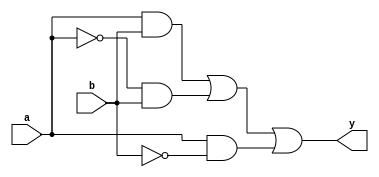
module combinational_logic (
    input wire a,         // First input
    input wire b,         // Second input
    output reg y         // Output
);

// Always block for combinational logic
always @(*) begin
    // Continuous assignment using non-blocking assignment
    y = (a & b) | (~a & b) | (a & ~b); // Example: Output is 1 if either a or b is true
end

endmodule